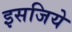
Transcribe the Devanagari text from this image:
इसजिये